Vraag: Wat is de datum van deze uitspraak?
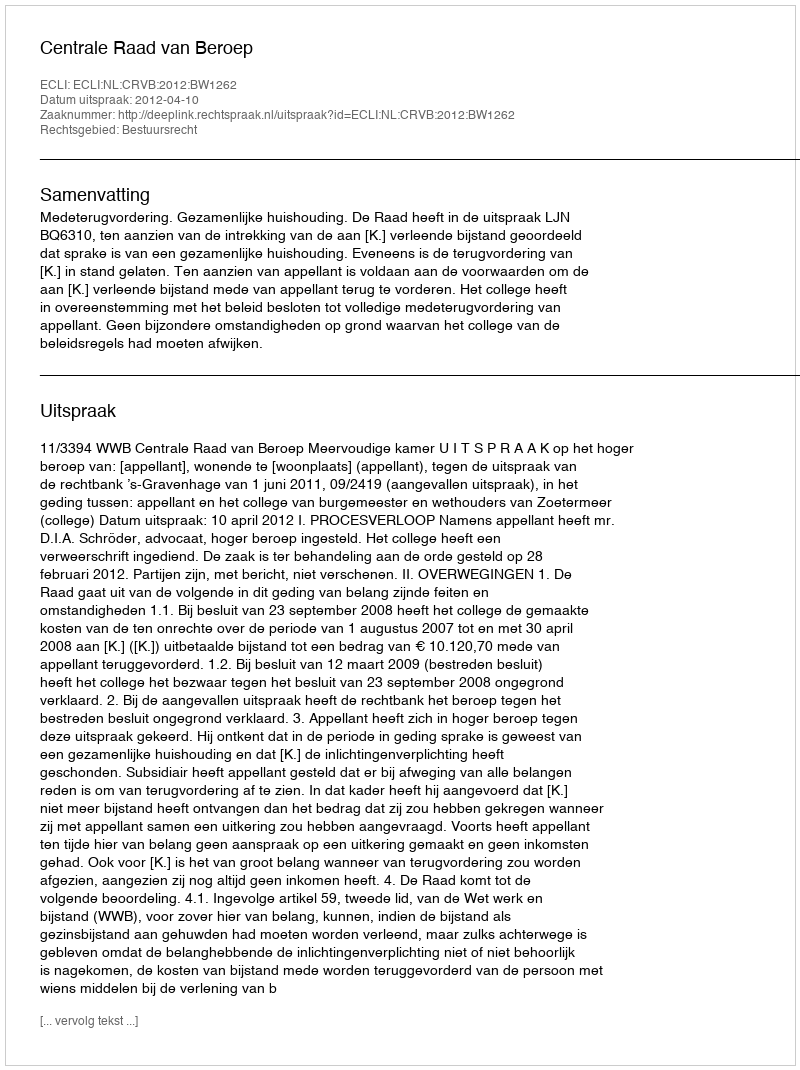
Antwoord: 2012-04-10